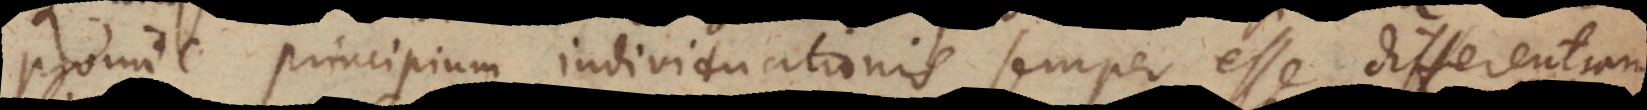
proinde principium individuationis semper esse differentiam